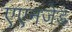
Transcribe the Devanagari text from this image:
एएनजेड